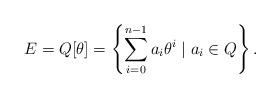
LaTeX: \begin{align*}E=Q[\theta]=\left\{\sum_{i=0}^{n-1} a_{i} \theta^{i} \mid a_{i} \in Q \right\} .\end{align*}